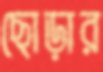
ছোড়ার